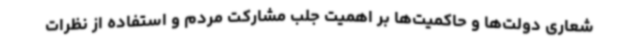
شعاری دولت‌ها و حاکمیت‌ها بر اهمیت جلب مشارکت مردم و استفاده از نظرات